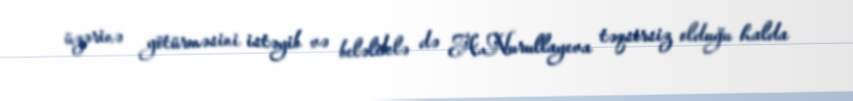
üzərinə götürməsini istəyib və beləliklə də A.Nurullayeva təqsirsiz olduğu halda